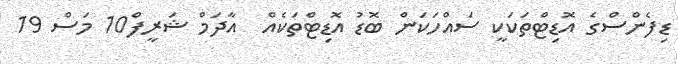
ޑިފެންސްގެ އޮޑިޓްތަކަކީ ސައްހަކަން ބޮޑު އޮޑިޓްތަކެއް  އާދަމް ޝަރީފް10 މަސް 19